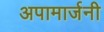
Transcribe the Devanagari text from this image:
अपामार्जनी